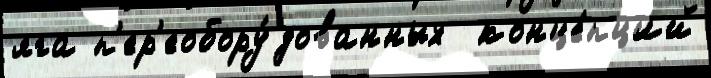
яга п'ер'еобору́дованных  конце́пций